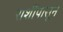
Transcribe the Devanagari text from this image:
राशींपासून